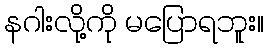
နဂါးလို့ကို မပြောရဘူး။